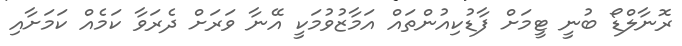
ރޮނާލްޑޯ ބުނީ ޓީމަށް ފާޑުކިއުންތައް އަމާޒުވުމަކީ އޭނާ ވަރަށް ދެރަވާ ކަމެއް ކަމަށާއި